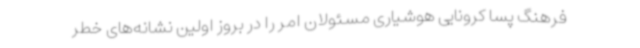
فرهنگ پسا کرونایی هوشیاری مسئولان امر را در بروز اولین نشانه‌های خطر